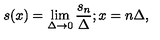
s ( x ) = \lim _ { \Delta \rightarrow 0 } \frac { s _ { n } } { \Delta } ; x = n \Delta ,